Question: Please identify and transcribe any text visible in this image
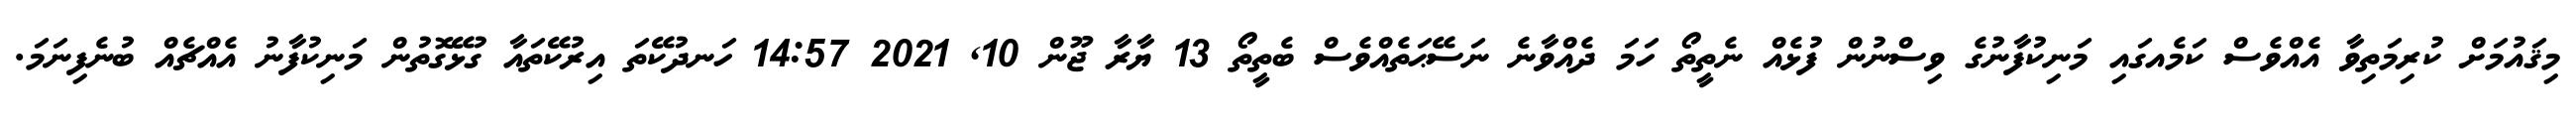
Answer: މިޤައުމަށް ކުރިމަތިވާ އެއްވެސް ކަމެއގައި މަނިކުފާނުގެ ވިސްނުން ފުޅެއް ނެތީތޯ ހަމަ ދެއްވާނެ ނަސޭޙަތެއްވެސް ބެތީތޯ 13 ޔާރާ ޖޫން 10, 2021 14:57 ހަނދުކޭތަ އިރުކޭތައާ ގުޅޭގޮތުން މަނިކުފާނު އެއްޗެއް ބުނެފިނަމަ.